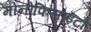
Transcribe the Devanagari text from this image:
मोनोफिसाइटों